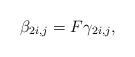
\begin{align*} \beta_{2i,j}=F\gamma_{2i,j},\end{align*}